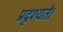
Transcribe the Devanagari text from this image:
प्रदृश्यते।